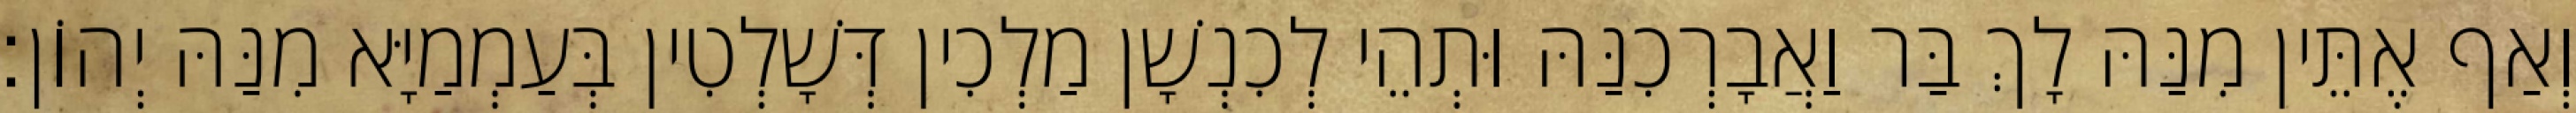
וְאַף אֶתֵּין מִנַּהּ לָךְ בַּר וַאֲבָרְכִנַּהּ וּתְהֵי לְכִנְשָׁן מַלְכִין דְּשָׁלְטִין בְּעַמְמַיָּא מִנַּהּ יְהוֹן׃